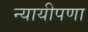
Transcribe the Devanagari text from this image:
न्यायीपणा